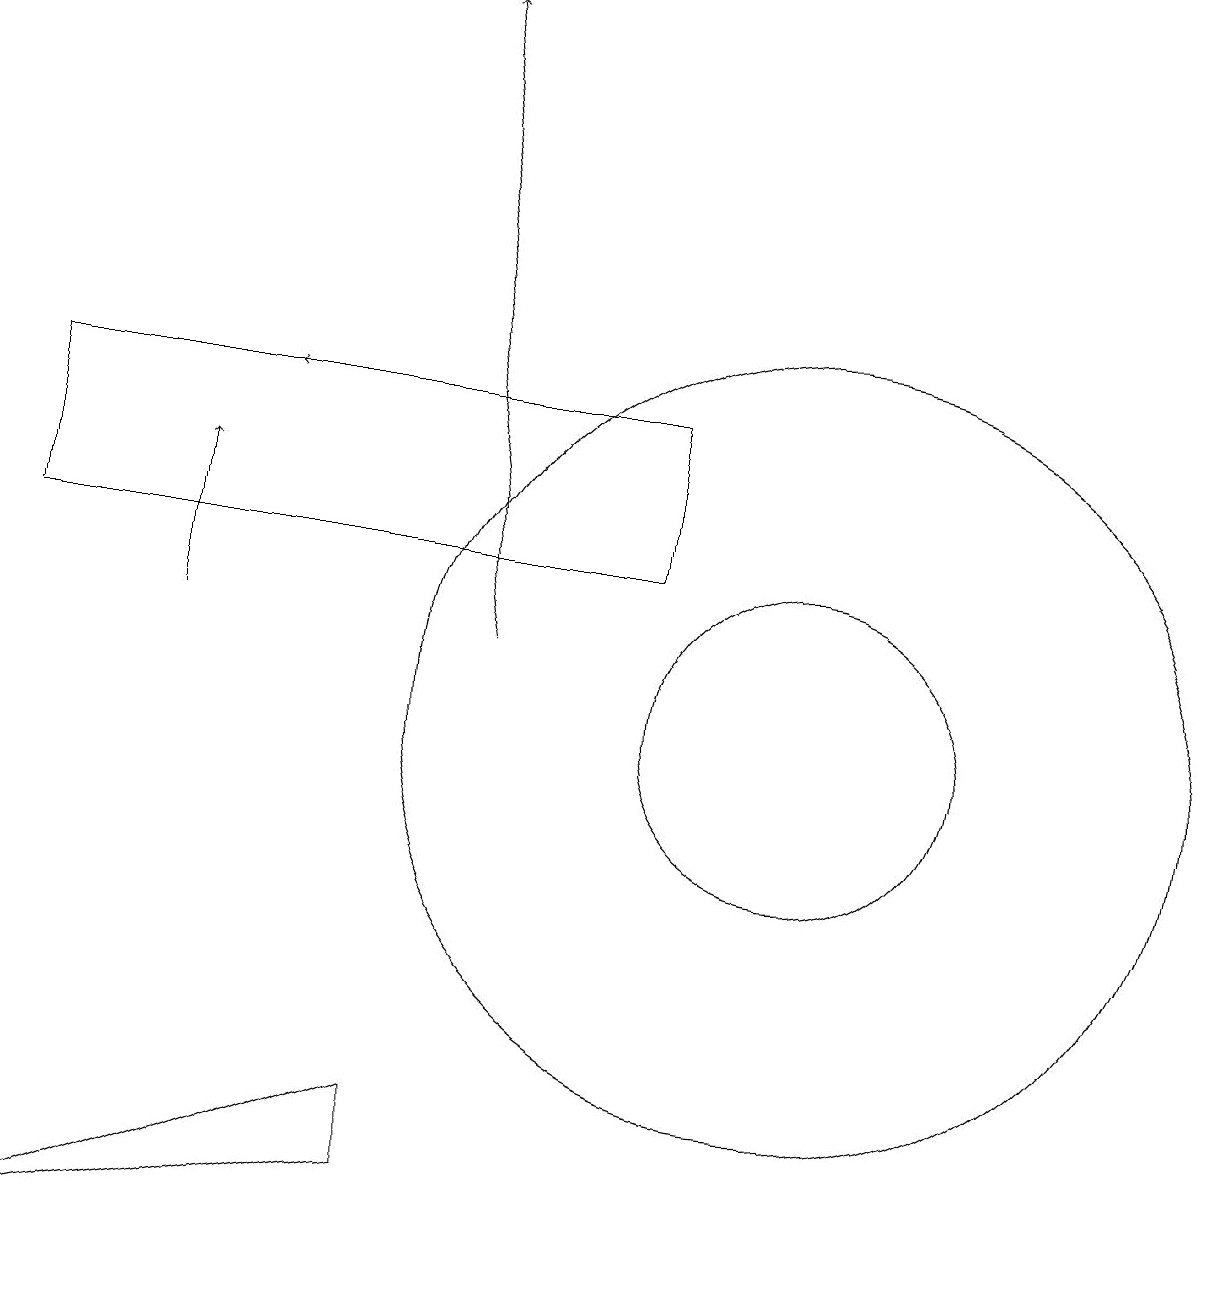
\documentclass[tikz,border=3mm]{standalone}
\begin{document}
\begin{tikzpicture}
\draw (10,10) circle (2);
\draw (11,10) circle (0);
\draw (10,10) circle (5);
\draw (8,12) rectangle (0,14);
\draw[->] (2,11) -- (2,13);
\draw[->] (6,11) -- (5,19);
\draw (5,5) -- (5,4) -- (0,3) -- cycle;
\draw[->] (8,14) -- (3,14);
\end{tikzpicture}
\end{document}